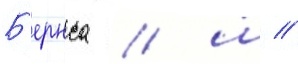
Б'ернса / ш //